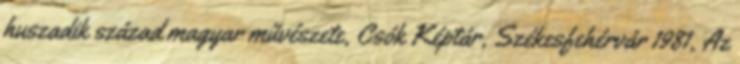
huszadik század magyar művészete, Csók Képtár, Székesfehérvár 1981, Az